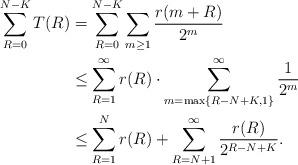
LaTeX: \begin{align*}\sum_{R=0}^{N-K} T(R) &=\sum_{R=0}^{N-K} \sum_{m \ge 1} \frac{r(m+R)}{2^m}\\&\le \sum_{R=1}^\infty r(R) \cdot \sum_{m=\max\{R-N+K,1\}}^\infty \frac{1}{2^m}\\&\le \sum_{R=1}^N r(R) + \sum_{R=N+1}^\infty \frac{r(R)}{2^{R-N+K}}.\end{align*}